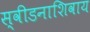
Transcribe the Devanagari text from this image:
स्वीडनाशिवाय